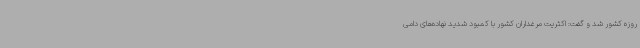
روزه کشور شد و گفت: اکثریت مرغداران کشور با کمبود شدید نهاده‌های دامی